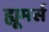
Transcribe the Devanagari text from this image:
ह्यूमर्स